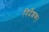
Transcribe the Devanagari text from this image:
निर्देशक्।